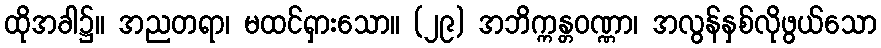
ထိုအခါ၌။ အညတရာ၊ မထင်ရှားသော။ (၂၉) အဘိက္ကန္တဝဏ္ဏာ၊ အလွန်နှစ်လိုဖွယ်သော